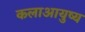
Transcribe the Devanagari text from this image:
कलाआयुष्य